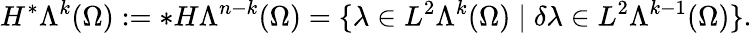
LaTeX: H^{\ast}\Lambda^{k}(\Omega):=\ast H\Lambda^{n-k}(\Omega)=\{ \lambda\in L^{2}\Lambda^{k}(\Omega)\mid\delta\lambda\in L^{2}\Lambda^{k-1}(\Omega)\} .